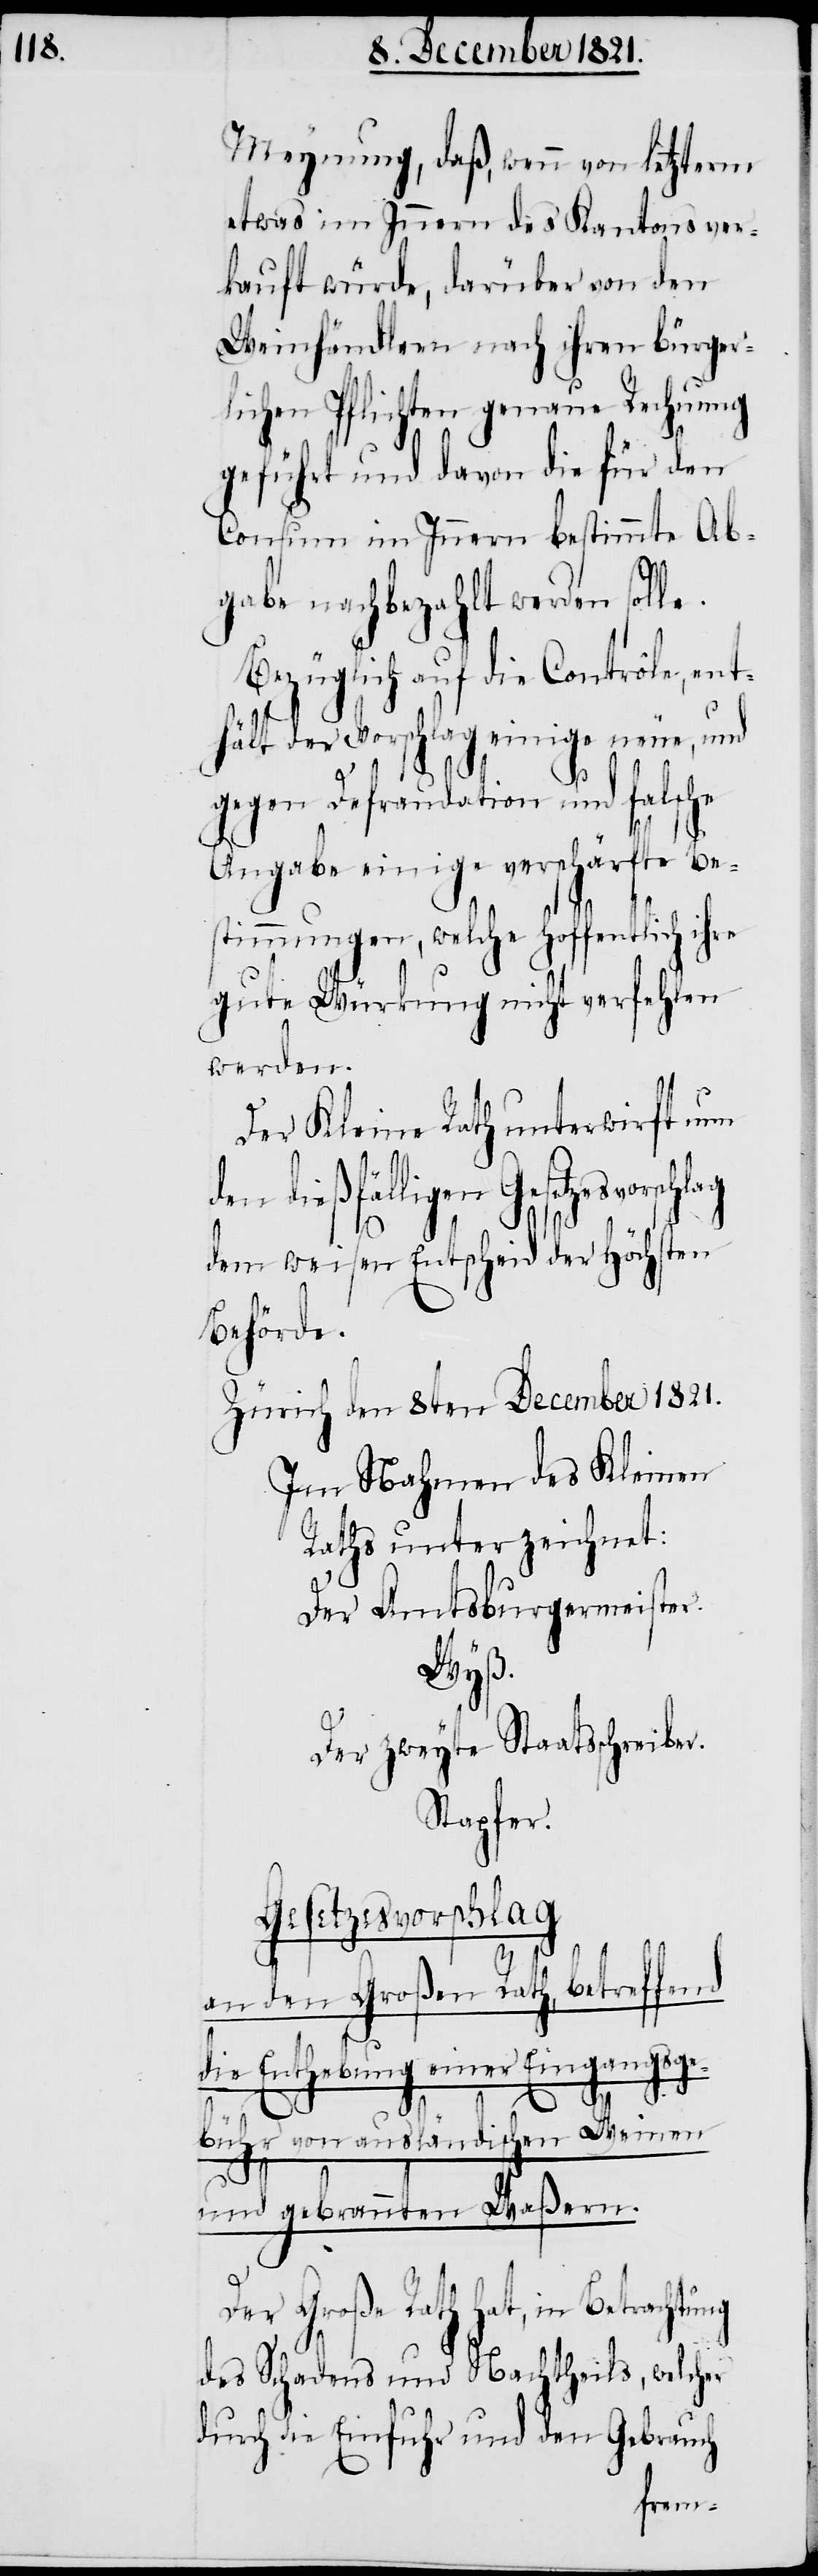
Meynung, daß, wenn von letzterm
etwas im Innern des Kantons ver¬
kauft würde, darüber von den
Weinhändlern nach ihren bürger¬
lichen Pflichten genaue Rechnung
geführt und davon die für den
Consum im Innern bestimmte Ab¬
gabe nachbezahlt werden solle.
Bezüglich auf die Contrôle, ent¬
hält der Vorschlag einige neue, und
gegen Defraudation und falsche
Angabe einige verschärfte Be¬
stimmungen, welche hoffentlich ihre
gute Würkung nicht verfehlen
werden.
Der Kleine Rath unterwirft nun
hat, in Betrachtung
dem weisen Entscheid der Höchsten
Behörde.
Zürich den 8ten December 1821.
Im Nahmen des Kleinen
Raths unterzeichnet:
Der Amtsburgermeister.
Wyß.
Der zweyte Staatsschreiber.
Stapfer.
Gesetzesvorschlag
an den Großen Rath, betreffend
die Enthebung einer Eingangsg¬
ebühr von ausländischen Weinen
und gebrannten Waßern.
des Schadens und Nachtheils, welcher
durch die Einfuhr und den Gebrauch